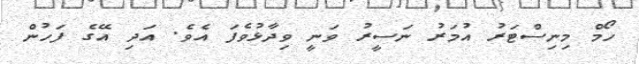
ހޯމް މިނިސްޓަރު އުމަރު ނަސީރު ވަނީ ވިދާޅުވެފަ އެވެ. އަދި އޭގެ ފަހުން